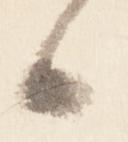
候